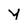
Character: y